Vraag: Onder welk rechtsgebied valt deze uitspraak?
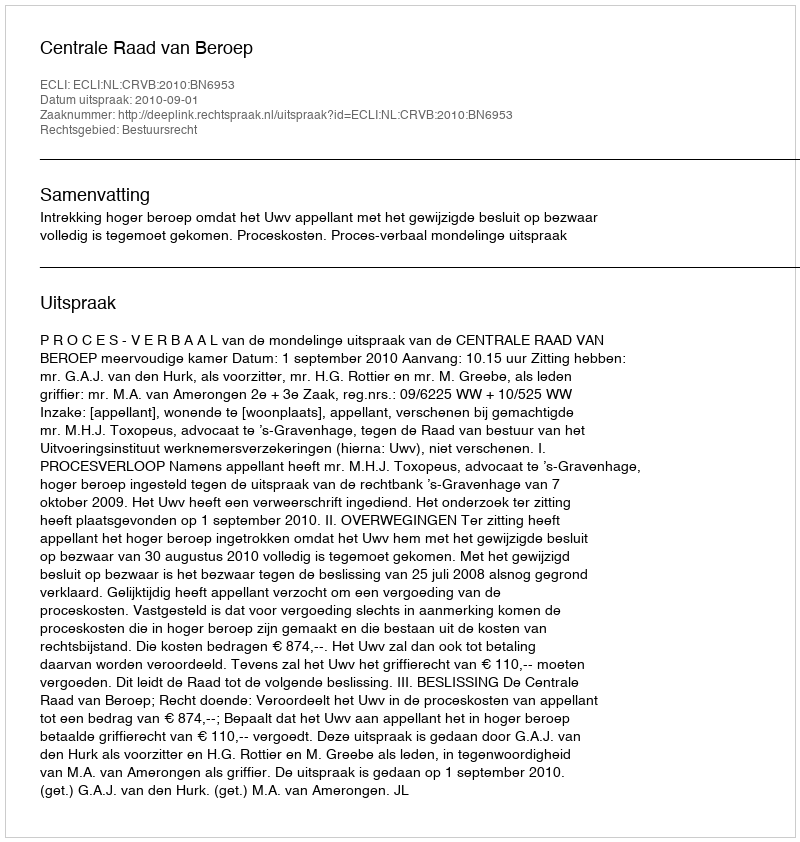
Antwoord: Bestuursrecht